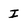
Character: I